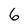
Character: 6